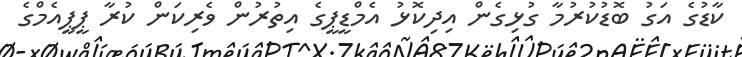
ކާޑުގެ އަގު ބޮޑުކުރުމާ ގުޅިގެން އިދިކޮޅު އެމްޑީޕީގެ އިތުރުން ވެރިކަން ކުރާ ޕީޕީއެމްގެ